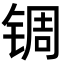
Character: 𬭕